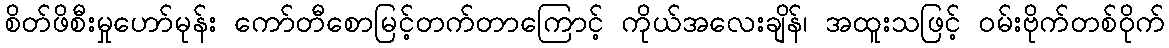
စိတ်ဖိစီးမှုဟော်မုန်း ကော်တီစောမြင့်တက်တာကြောင့် ကိုယ်အလေးချိန်၊ အထူးသဖြင့် ဝမ်းဗိုက်တစ်ဝိုက်